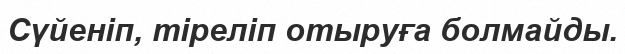
Сүйеніп, тіреліп отыруға болмайды.